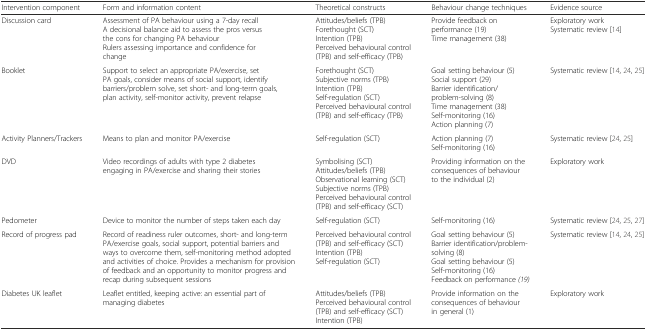
| Intervention component | Form and information content | Theoretical constructs | Behaviour change techniques | Evidence source |
 | --- | --- | --- | --- | --- |
 | Discussion card | Assessment of PA behaviour using a 7-day recallA decisional balance aid to assess the pros versus the cons for changing PA behaviourRulers assessing importance and confidence for change | Attitudes/beliefs (TPB)Forethought (SCT)Intention (TPB)Perceived behavioural control (TPB) and self-efficacy (TPB) | Provide feedback on performance (19)Time management (38) | Exploratory workSystematic review [14] |
 | Booklet | Support to select an appropriate PA/exercise, set PA goals, consider means of social support, identify barriers/problem solve, set short- and long-term goals, plan activity, self-monitor activity, prevent relapse | Forethought (SCT)Subjective norms (TPB)Intention (TPB)Self-regulation (SCT)Perceived behavioural control (TPB) and self-efficacy (TPB) | Goal setting behaviour (5)Social support (29)Barrier identification/problem-solving (8)Time management (38)Self-monitoring (16)Action planning (7) | Systematic review [14, 24, 25] |
 | Activity Planners/Trackers | Means to plan and monitor PA/exercise | Self-regulation (SCT) | Action planning (7)Self-monitoring (16) | Systematic review [24, 25] |
 | DVD | Video recordings of adults with type 2 diabetes engaging in PA/exercise and sharing their stories | Symbolising (SCT)Attitudes/beliefs (TPB)Observational learning (SCT)Subjective norms (TPB)Perceived behavioural control (TPB) and self-efficacy (SCT) | Providing information on the consequences of behaviour to the individual (2) | Exploratory work |
 | Pedometer | Device to monitor the number of steps taken each day | Self-regulation (SCT) | Self-monitoring (16) | Systematic review [24, 25, 27] |
 | Record of progress pad | Record of readiness ruler outcomes, short- and long-term PA/exercise goals, social support, potential barriers and ways to overcome them, self-monitoring method adopted and activities of choice. Provides a mechanism for provision of feedback and an opportunity to monitor progress and recap during subsequent sessions | Perceived behavioural control (TPB) and self-efficacy (SCT)Intention (TPB)Self-regulation (SCT) | Goal setting behaviour (5)Barrier identification/problem-solving (8)Goal setting behaviour (5)Self-monitoring (16)Feedback on performance (19) | Systematic review [14, 24, 25] |
 | Diabetes UK leaflet | Leaflet entitled, keeping active: an essential part of managing diabetes | Attitudes/beliefs (TPB)Perceived behavioural control (TPB) and self-efficacy (SCT)Intention (TPB) | Provide information on the consequences of behaviour in general (1) | Exploratory work |